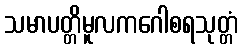
သမာပတ္တိမူလကဂေါစရသုတ္တံ